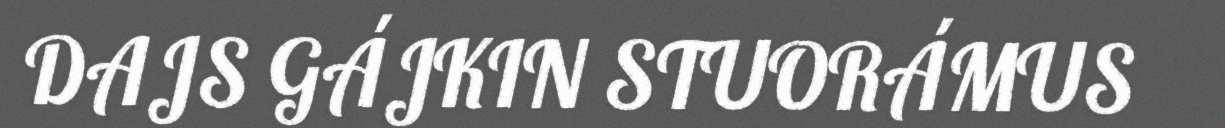
DAJS GÁJKIN STUORÁMUS